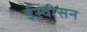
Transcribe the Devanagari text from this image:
ईस्वीसन